Annual report on the working of the lock hospitals in the Central Provinces
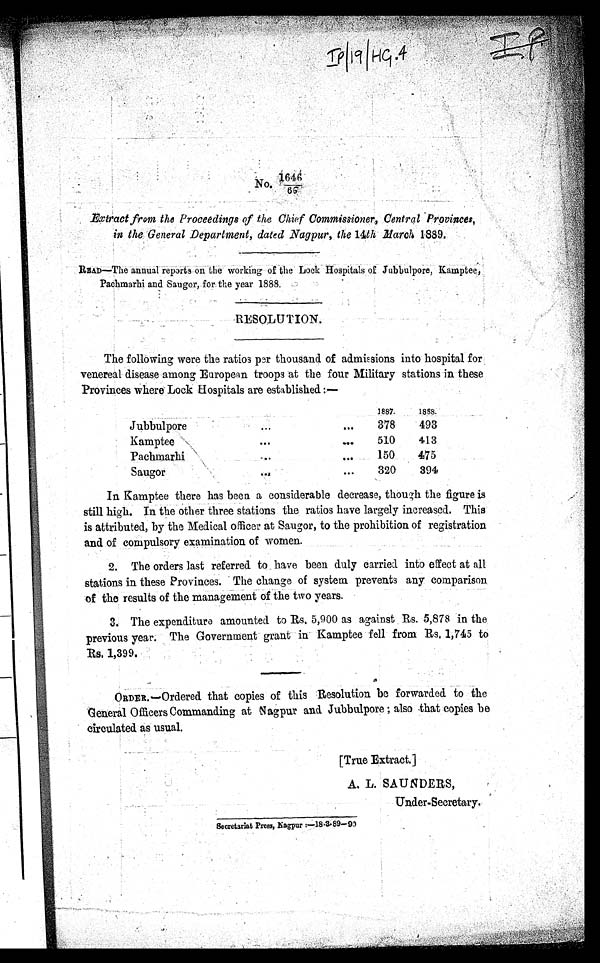
No.1646/66
Extract from the Proceedings of the Chief Commissioner, Central Provinces,
in the General Department, dated Nagpur, the 14th March 1889.
READ—The annual reports on the working of the Lock Hospitals of Jubbulpore, Kamptee,
Pachmarhi and Saugor, for the year 1888.
RESOLUTION.
The following were the ratios per thousand of admissions into hospital for
venereal disease among European troops at the four Military stations in these
Provinces where Lock Hospitals are established:—
1887.
1858.
Jubbulpore
. . .
. . .
378
493
Kamptee
. . .
. . .
510
413
Pachmarhi
...
...
150
475
Saugor
...
. . .
320
394
In Kamptee there has been a considerable decrease, though the figure is
still high. In the other three stations the ratios have largely increased. This
is attributed, by the Medical officer at Saugor, to the prohibition of registration
and of compulsory examination of women.
2. The orders last referred to have been duly carried into effect at all
stations in these Provinces. The change of system prevents any comparison
of the results of the management of the two years.
3. The expenditure amounted to Rs. 5,900 as against Rs. 5,878 in the
previous year. The Government grant in Kamptee fell from Rs. 1,745 to
Rs. 1,399.
ORDER.—Ordered that copies of this Resolution be forwarded to the
General Officers Commanding at Nagpur and Jubbulpore; also that copies be
circulated as usual.
[True Extract.]
A. L. SAUNDERS,
Under-Secretary.
Secretariat Press, Nagpur :—18-3-89—90